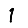
Digit: 1